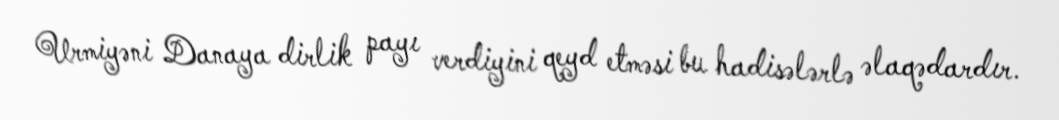
Urmiyəni Danaya dirlik payı verdiyini qeyd etməsi bu hadisələrlə əlaqədardır.